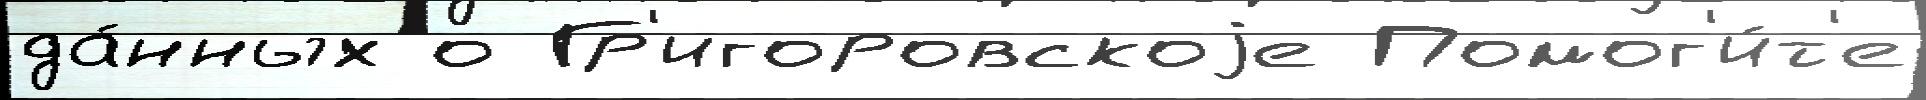
да́нных о Гр'игоровскоjе Помог'и́т'е